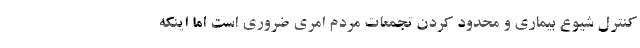
کنترل شیوع بیماری و محدود کردن تجمعات مردم امری ضروری است اما اینکه